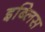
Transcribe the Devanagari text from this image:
इब्लिस